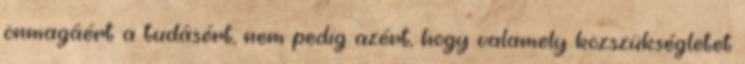
önmagáért a tudásért, nem pedig azért, hogy valamely közszükségletet